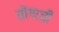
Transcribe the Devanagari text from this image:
तोंगाज़ी